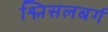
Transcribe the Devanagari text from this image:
श्लिसलबर्ग